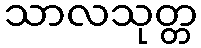
သာလသုတ္တ